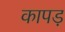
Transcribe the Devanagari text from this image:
कापड़